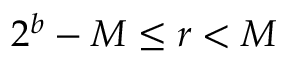
2 ^ { b } - M \leq r < M